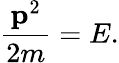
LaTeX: {\frac{\mathbf{p}^{2}}{2m}}=E.